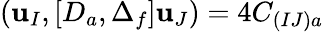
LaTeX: ({\mathbf u}_{I},[D_{a},\Delta_{f}]{\mathbf u}_{J})=4C_{(IJ)a}